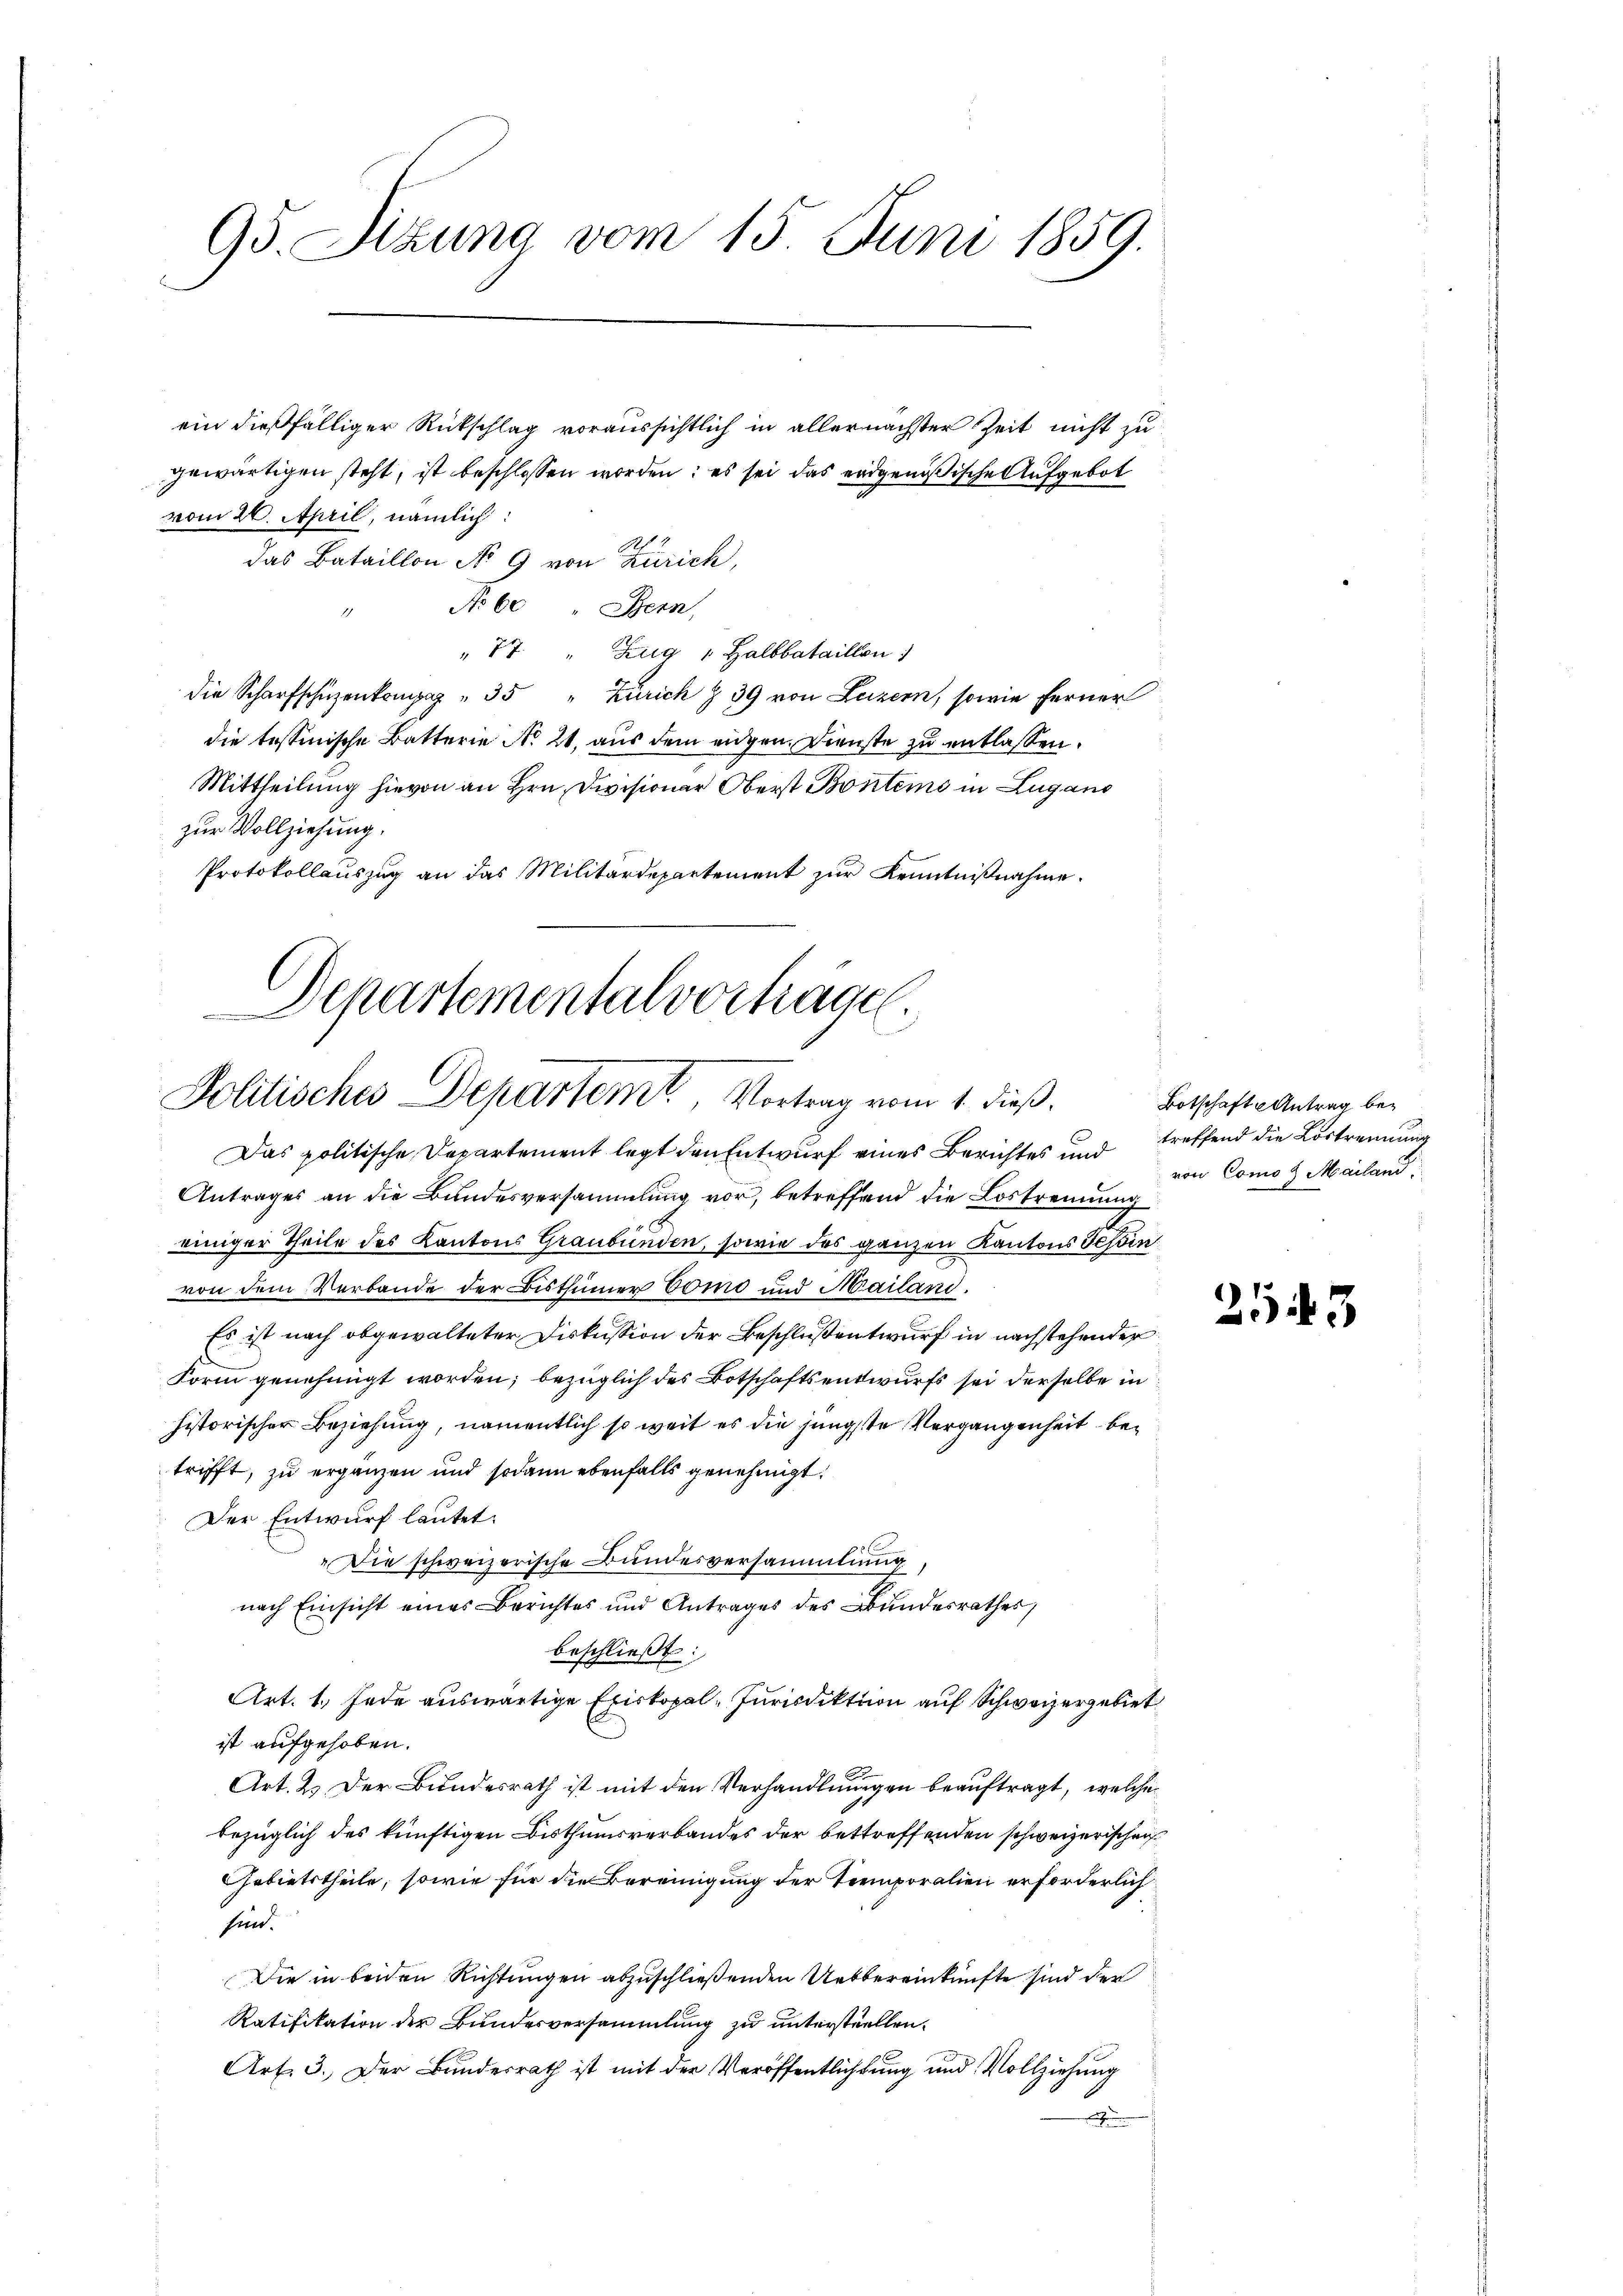
95. Sizung vom 15. Juni 1859.

ein dießfälliger Rückschlag voraussichtlich in allernächster Zeit nicht zu
gewärtigen steht, ist beschlossen worden; es sei das eidgenößische Aufgebot
vom 26. April, nämlich:
das Bataillon No 9 von Zürich,
No 60 " Bern,
" 17 " Zug " Halbbataillon
die Scharfschüzenkomp " 35 " Zürich § 39 von Luzern, sowie ferner
die tessinische Batterie No 21. aus dem eidgen. Dienste zu entlassen.
Mittheilung hievon an Hrn. Divisionar Oberst Bontems in Lugano
zur Vollziehung.
Protokollauszug an das Militärdepartement zur Kenntnißnahme.

Departementalverhäge.
Politisches Departemt, Vortrag vom 1. dieß.

Das politische Departement legt den Entwurf eines Berichtes und treffend die Lostrennung
Antrages an die Bundesversammlung vor, betreffend die Lostrennung
einiger Theile des Kantons Graubünden, sowie des ganzen Kantons Tessin
von dem Verbande der Bisthümer Como und Mailand.
Es ist nach obgewalteter Diskussion der Beschluß entwurf in nachstehender
Form genehmigt worden; bezüglich des Botschaftsentwurfs sei derselbe in
historischer Beziehung, namentlich so weit es die jüngste Vergangenheit betrifft, zu ergänzen und sodann ebenfalls genehmigt.
Der Entwurf lautet.
Die schweizerische Bundesversammlung
nach Einsicht eines Berichtes und Antrages des Bundesrathes,
beschließt:
s
Art. 1. Jede auswärtige Exiskopal-Jurisdiktion auf Schweizergebiet
ist aufgehoben.
Art. 2. Der Bundesrath ist mit den Verhandlungen beauftragt, welche
bezüglich des künftigen Bisthumsverbandes der bettreffenden schweizerischen
Gebietstheile, sowie für die Bereinigung der Temporalien erforderlich
sin.
Die in beiden Richtungen abzuschließenden Uebereinkünfte sind der
Ratifikation der Bundesversammlung zu unterstuellen.
Art. 3. Der Bundesrath ist mit der Veröffentlichkung und Vollziehung
e

Botschaft Antrag bevon Como 2 Mailand

2543